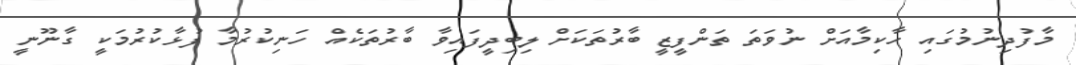
މާފުދިނުމުގައި ހާކިމާއަށް ނުވަތަ ތަންފީޒީ ބާރުތަކަށް ލިބިދީފައިވާ ބާރުތަކެއް ހަނިކުރުމާ ފުޅާކުރުމަކީ ގާނޫނީ